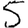
Digit: 5